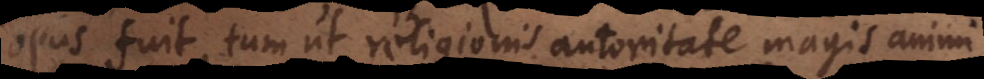
opus fuit, tum ut religionis autoritate magis animi